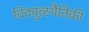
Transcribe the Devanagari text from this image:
विद्युत्स्थैतिकी